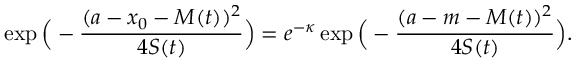
\exp \Big ( - \frac { ( a - x _ { 0 } - M ( t ) ) ^ { 2 } } { 4 S ( t ) } \Big ) = e ^ { - \kappa } \exp \Big ( - \frac { ( a - m - M ( t ) ) ^ { 2 } } { 4 S ( t ) } \Big ) .